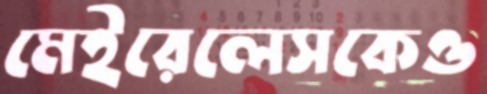
মেইরেলেসকেও